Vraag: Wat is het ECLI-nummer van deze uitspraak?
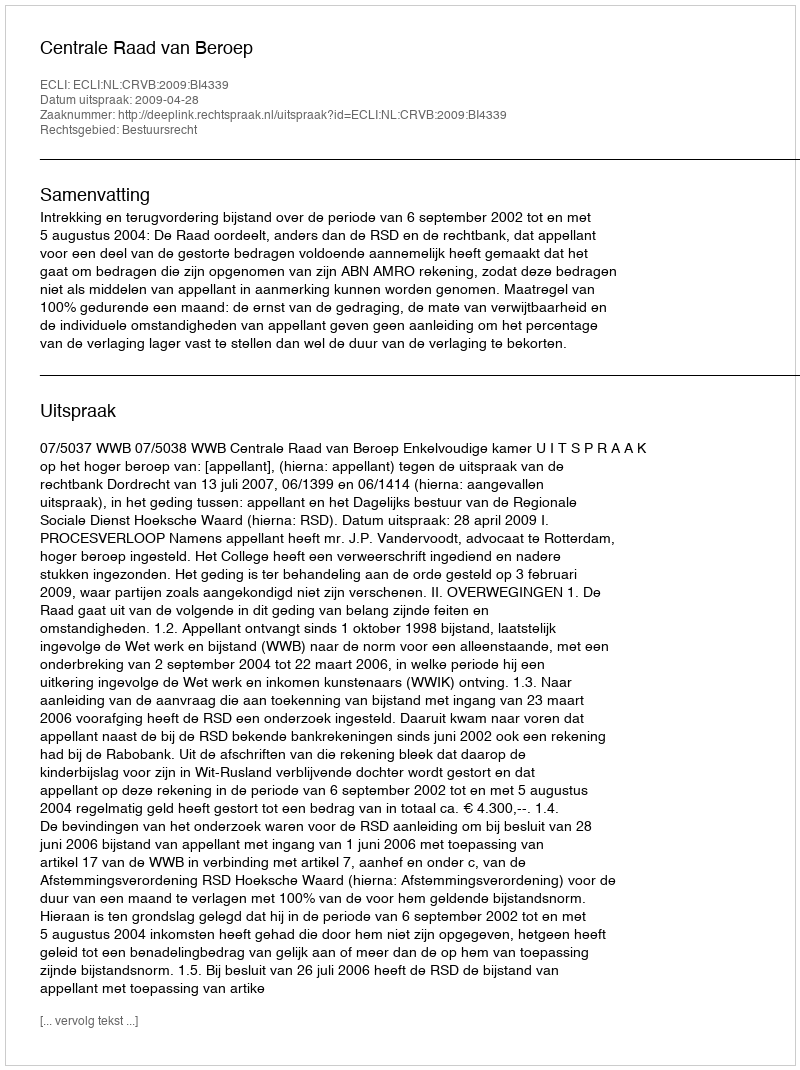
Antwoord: ECLI:NL:CRVB:2009:BI4339